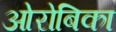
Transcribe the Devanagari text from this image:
ओरोबिका